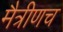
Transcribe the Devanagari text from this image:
मैत्रीणच